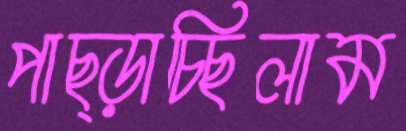
পাছ্‌ড়াচ্ছিলাম